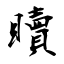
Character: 𥌚